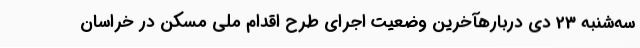
سه‌شنبه 23 دی دربارهآخرین وضعیت اجرای طرح اقدام ملی مسکن در خراسان